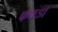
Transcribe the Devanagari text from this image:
फयडा